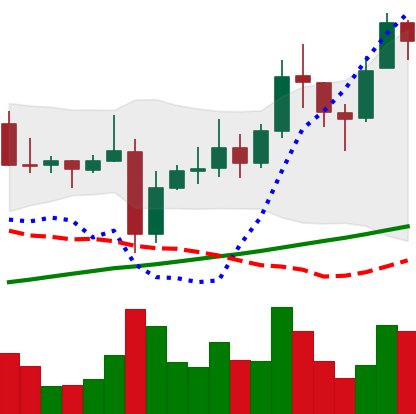
Ticker: XRP-USD
Chart end date: 2021-11-09
Forward return: -5.587%
Label: down_5_7